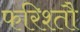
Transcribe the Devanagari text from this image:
फरिश्तौ